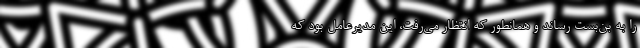
را به بن‌بست رساند و همانطور که انتظار می‌رفت، این مدیرعامل بود که